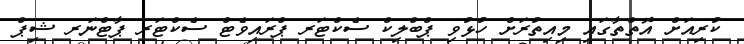
ކުރިއަށް އޮތްތާގައި މިއިތުރަށް ހުޅުވި ޕްބްލިކް ސެކްޓަރ ޕްރައިވެޓް ސެކްޓަރ ޕާޓްނަރ ޝިޕް